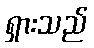
ရှားသည်